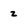
Character: z